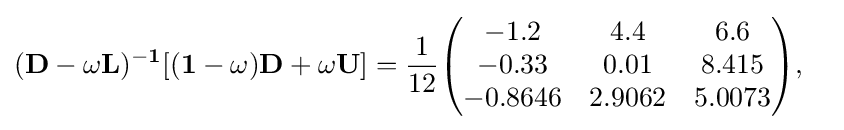
{\begin{aligned}&\mathbf {(D-\omega L)^{-1}[(1-\omega )D+\omega U]} ={\frac {1}{12}}{\begin{pmatrix}-1.2&4.4&6.6\\-0.33&0.01&8.415\\-0.8646&2.9062&5.0073\end{pmatrix}},\end{aligned}}